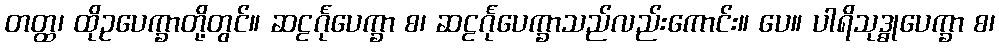
တတ္ထ၊ ထိုဥပေက္ခာတို့တွင်။ ဆဠင်္ဂုပေက္ခာ စ၊ ဆဠင်္ဂုပေက္ခာသည်လည်းကောင်း။ ပေ။ ပါရိသုဒ္ဓုပေက္ခာ စ၊